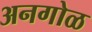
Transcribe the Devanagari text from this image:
अनगोळ